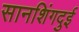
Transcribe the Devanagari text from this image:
सानशिंगदुई